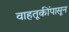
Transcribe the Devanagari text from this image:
वाहतूकींपासून